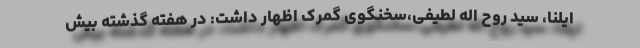
ایلنا، سید روح اله لطیفی،سخنگوی گمرک اظهار داشت: در هفته گذشته بیش